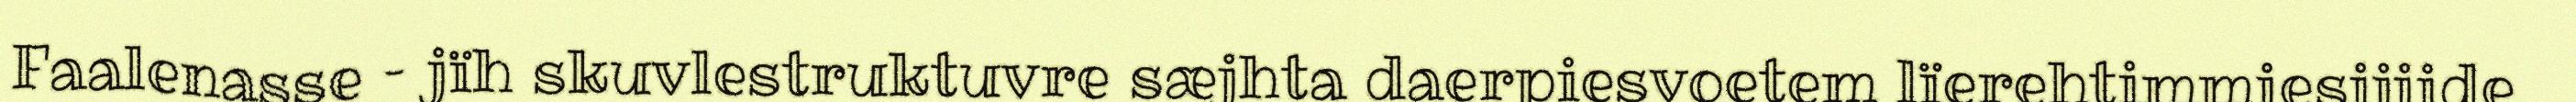
Faalenasse – jïh skuvlestruktuvre sæjhta daerpiesvoetem lïerehtimmiesijjide